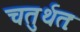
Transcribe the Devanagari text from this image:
चतुर्थतः